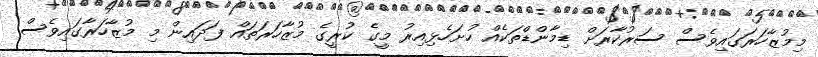
މިމުޒާހަރަގައިވެސް ސަރުކާރަށް ޑިމާންޑްތަކެއް ހުށަހެޅިއިރު މީގެ ކުރީގެ މުޒާހަރަތައް ފަދައިން މި މުޒާހަރާގައިވެސް